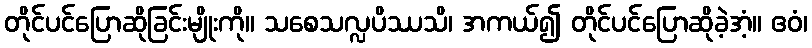
တိုင်ပင်ပြောဆိုခြင်းမျိုးကို။ သစေသလ္လပိဿသိ၊ အကယ်၍ တိုင်ပင်ပြောဆိုခဲ့အံ့။ ဧဝံ၊